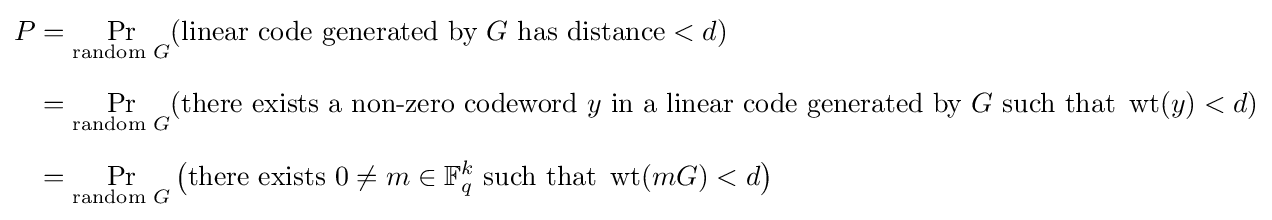
{\begin{aligned}P&=\Pr _{{\text{random }}G}({\text{linear code generated by }}G{\text{ has distance}}<d)\\[6pt]&=\Pr _{{\text{random }}G}({\text{there exists a non-zero codeword }}y{\text{ in a linear code generated by }}G{\text{ such that }}\operatorname {wt} (y)<d)\\[6pt]&=\Pr _{{\text{random }}G}\left({\text{there exists }}0\neq m\in \mathbb {F} _{q}^{k}{\text{ such that }}\operatorname {wt} (mG)<d\right)\end{aligned}}